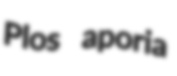
Plos aporia